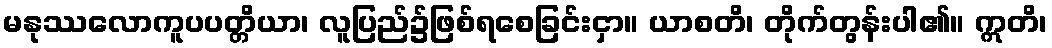
မနုဿလောကူပပတ္တိယာ၊ လူပြည်၌ဖြစ်ရစေခြင်းငှာ။ ယာစတိ၊ တိုက်တွန်းပါ၏။ ဣတိ၊